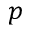
p